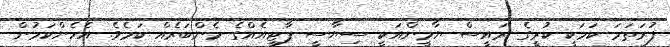
ފުރަތަމަ ކަމަކީ ކުރީގެ ރައީސް ޔާމީންއަކީ ސިޔާސީ ޕާޓީއެއްގެ މެންބަރެއް ކަމެވެ. އެހެންކަމުން